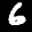
Label: 6